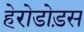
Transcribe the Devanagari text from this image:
हेरोडोड़स